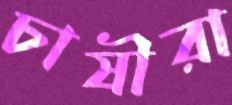
চাষীরা